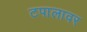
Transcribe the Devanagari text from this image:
टपालावर